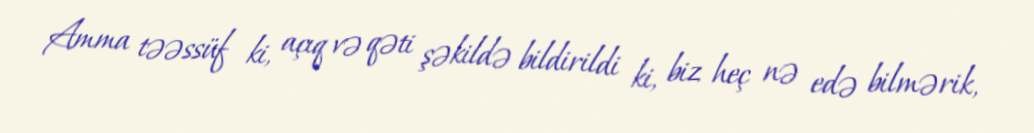
Amma təəssüf ki, açıq və qəti şəkildə bildirildi ki, biz heç nə edə bilmərik,